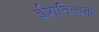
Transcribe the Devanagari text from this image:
ईशनिन्दक